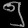
Digit: ၅